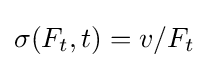
\sigma (F_{t},t)=v/F_{t}